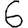
Digit: 6